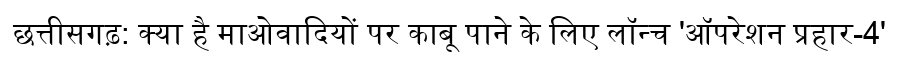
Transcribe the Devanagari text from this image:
छत्तीसगढ़: क्या है माओवादियों पर काबू पाने के लिए लॉन्च 'ऑपरेशन प्रहार-4'